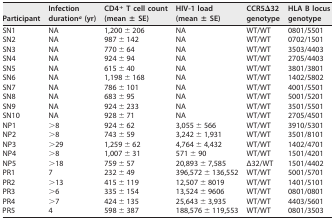
<table><thead><tr><td><b>Participant</b></td><td><b>Infection duration<sup><i>a</i></sup> (yr)</b></td><td><b>CD4<sup>+</sup> T cell count (mean ± SE)</b></td><td><b>HIV-1 load (mean ± SE)</b></td><td><b>CCR5Δ32 genotype</b></td><td><b>HLA B locus genotype</b></td></tr></thead><tbody><tr><td>SN1</td><td>NA</td><td>1,200 ± 206</td><td>NA</td><td>WT/WT</td><td>0801/5501</td></tr><tr><td>SN2</td><td>NA</td><td>987 ± 142</td><td>NA</td><td>WT/WT</td><td>0702/1501</td></tr><tr><td>SN3</td><td>NA</td><td>770 ± 64</td><td>NA</td><td>WT/WT</td><td>3503/4403</td></tr><tr><td>SN4</td><td>NA</td><td>924 ± 94</td><td>NA</td><td>WT/WT</td><td>2705/4403</td></tr><tr><td>SN5</td><td>NA</td><td>615 ± 40</td><td>NA</td><td>WT/WT</td><td>3801/3801</td></tr><tr><td>SN6</td><td>NA</td><td>1,198 ± 168</td><td>NA</td><td>WT/WT</td><td>1402/5802</td></tr><tr><td>SN7</td><td>NA</td><td>786 ± 101</td><td>NA</td><td>WT/WT</td><td>4001/5501</td></tr><tr><td>SN8</td><td>NA</td><td>683 ± 95</td><td>NA</td><td>WT/WT</td><td>5001/5201</td></tr><tr><td>SN9</td><td>NA</td><td>924 ± 233</td><td>NA</td><td>WT/WT</td><td>3501/5501</td></tr><tr><td>SN10</td><td>NA</td><td>928 ± 71</td><td>NA</td><td>WT/WT</td><td>2705/4501</td></tr><tr><td>NP1</td><td>&gt;8</td><td>924 ± 62</td><td>3,055 ± 566</td><td>WT/WT</td><td>3910/5301</td></tr><tr><td>NP2</td><td>&gt;8</td><td>743 ± 59</td><td>3,242 ± 1,931</td><td>WT/WT</td><td>3501/8101</td></tr><tr><td>NP3</td><td>&gt;29</td><td>1,259 ± 62</td><td>4,764 ± 4,432</td><td>WT/WT</td><td>1402/4701</td></tr><tr><td>NP4</td><td>&gt;8</td><td>1,007 ± 31</td><td>571 ± 90</td><td>WT/WT</td><td>1501/4201</td></tr><tr><td>NP5</td><td>&gt;18</td><td>759 ± 57</td><td>20,893 ± 7,585</td><td>Δ32/WT</td><td>1501/4402</td></tr><tr><td>PR1</td><td>7</td><td>232 ± 49</td><td>396,572 ± 136,552</td><td>WT/WT</td><td>5001/5701</td></tr><tr><td>PR2</td><td>&gt;13</td><td>415 ± 119</td><td>12,507 ± 8019</td><td>WT/WT</td><td>1401/5101</td></tr><tr><td>PR3</td><td>&gt;6</td><td>335 ± 154</td><td>13,524 ± 9606</td><td>WT/WT</td><td>0801/0801</td></tr><tr><td>PR4</td><td>&gt;7</td><td>424 ± 135</td><td>25,643 ± 3,935</td><td>WT/WT</td><td>4403/5601</td></tr><tr><td>PR5</td><td>4</td><td>598 ± 387</td><td>188,576 ± 119,553</td><td>WT/WT</td><td>0801/3503</td></tr></tbody></table>